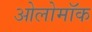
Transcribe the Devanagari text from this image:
ओलोमॉक